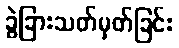
ခွဲခြားသတ်မှတ်ခြင်း